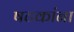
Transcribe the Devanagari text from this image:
षटकांना